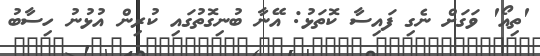
'ތިއޯ' ވަގަށް ނެގި ފައިސާ ކޮތަޅު: އޭނާ ބުނިގޮތުގައި ކުރިން އުޅުނު ހިސާބު